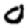
Digit: 0